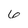
Character: 6